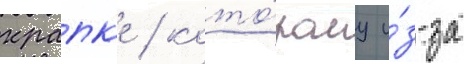
крапк'е / кото́рому и́з-за